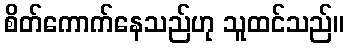
စိတ်ကောက်နေသည်ဟု သူထင်သည်။